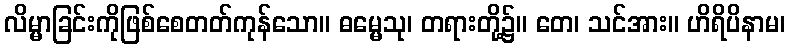
လိမ္မာခြင်းကိုဖြစ်စေတတ်ကုန်သော။ ဓမ္မေသု၊ တရားတို့၌။ တေ၊ သင်အား။ ဟိရိပိနာမ၊